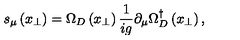
s _ { \mu } \left( x _ { \perp } \right) = \Omega _ { D } \left( x _ { \perp } \right) \frac { 1 } { i g } \partial _ { \mu } \Omega _ { D } ^ { \dagger } \left( x _ { \perp } \right) ,